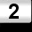
Digit: 2